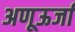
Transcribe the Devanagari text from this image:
अणूऊर्जा